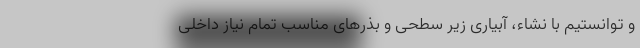
و توانستیم با نشاء، آبیاری زیر سطحی و بذرهای مناسب تمام نیاز داخلی